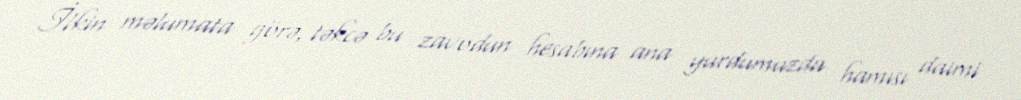
İlkin məlumata görə, təkcə bu zavodun hesabına ana yurdumuzda hamısı daimi